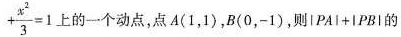
+ \frac { x ^ { 2 } } { 3 } =1$$上的一个动点，点A(1，1)，B(0，-1)，则$$\left | P A \right | + \left | PB \right |$$的